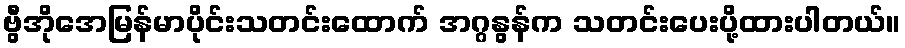
ဗွီအိုအေမြန်မာပိုင်းသတင်းထောက် အဂ္ဂနွန်က သတင်းပေးပို့ထားပါတယ်။